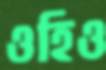
ওহিও